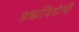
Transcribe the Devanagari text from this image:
ब्रह्यविद्येची